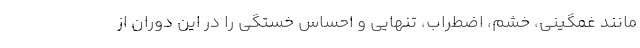
مانند غمگینی، خشم، اضطراب، تنهایی و احساس خستگی را در این دوران از